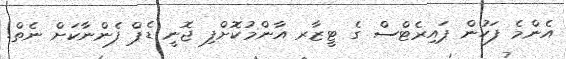
އެންމެ ފަހުން ޕައިރެޓްސް ގެ ޓީޒާރ އާންމުކޮށްފި ޖޮނީ ޑެޕް ފެންނާކަށް ނެތް!